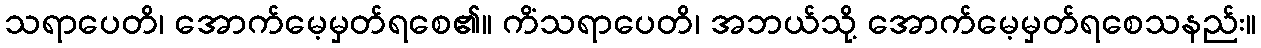
သရာပေတိ၊ အောက်မေ့မှတ်ရစေ၏။ ကိံသရာပေတိ၊ အဘယ်သို့ အောက်မေ့မှတ်ရစေသနည်း။